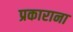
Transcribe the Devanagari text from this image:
प्रकाराना